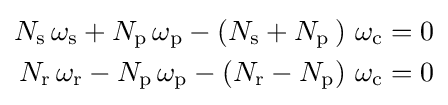
{\begin{aligned}N_{\text{s}}\,\omega _{\text{s}}+N_{\text{p}}\,\omega _{\text{p}}-\left(N_{\text{s}}+N_{\text{p}}\,\right)\,\omega _{\text{c}}&=0\\N_{\text{r}}\,\omega _{\text{r}}-N_{\text{p}}\,\omega _{\text{p}}-\left(N_{\text{r}}-N_{\text{p}}\right)\,\omega _{\text{c}}&=0\end{aligned}}